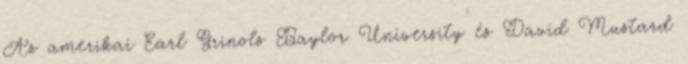
Az amerikai Earl Grinols Baylor University és David Mustard